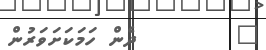
٩        ދެން ހަމަކަށަވަރުން